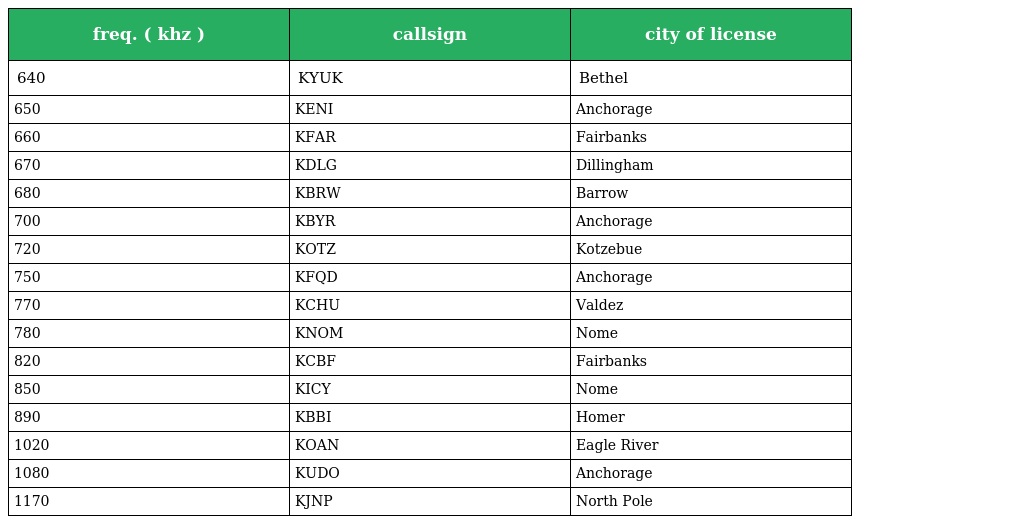
| freq. ( khz ) | callsign | city of license |
 | --- | --- | --- |
 | 640 | KYUK | Bethel |
 | 650 | KENI | Anchorage |
 | 660 | KFAR | Fairbanks |
 | 670 | KDLG | Dillingham |
 | 680 | KBRW | Barrow |
 | 700 | KBYR | Anchorage |
 | 720 | KOTZ | Kotzebue |
 | 750 | KFQD | Anchorage |
 | 770 | KCHU | Valdez |
 | 780 | KNOM | Nome |
 | 820 | KCBF | Fairbanks |
 | 850 | KICY | Nome |
 | 890 | KBBI | Homer |
 | 1020 | KOAN | Eagle River |
 | 1080 | KUDO | Anchorage |
 | 1170 | KJNP | North Pole |